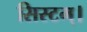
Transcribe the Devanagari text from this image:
सिस्टम्।